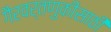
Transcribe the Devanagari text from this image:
गैरवर्तणुकीसाठी